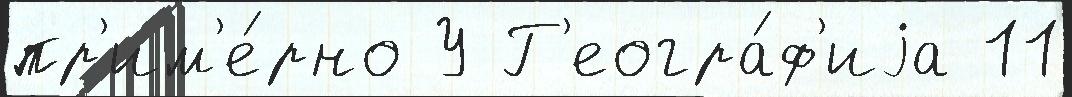
пр'им'е́рно У Г'еогра́ф'иjа 11